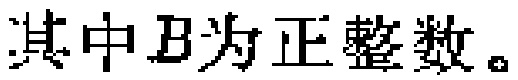
其中\(B\)为正整数。